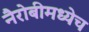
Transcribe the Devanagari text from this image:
नैरोबीमध्येच